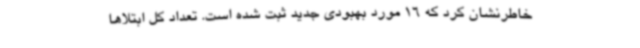
خاطرنشان کرد که 16 مورد بهبودی جدید ثبت شده است. تعداد کل ابتلاها